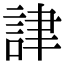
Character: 𧧪